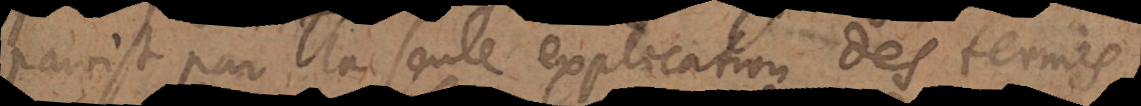
paroist par la seule explication des termes,